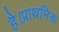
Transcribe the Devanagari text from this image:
है।प्राथमिक